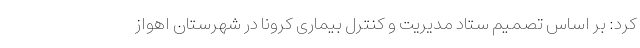
کرد: بر اساس تصمیم ستاد مدیریت و کنترل بیماری کرونا در شهرستان اهواز